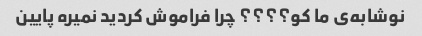
نوشابه‌ی ما کو؟؟؟؟ چرا فراموش کردید نمیره پایین